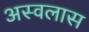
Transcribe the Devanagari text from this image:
अस्वलास